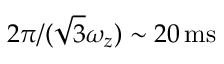
2 \pi / ( \sqrt { 3 } \omega _ { z } ) \sim 2 0 \, \mathrm { m s }